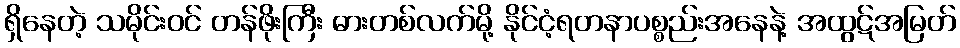
ရှိနေတဲ့ သမိုင်းဝင် တန်ဖိုးကြီး ဓားတစ်လက်မို့ နိုင်ငံ့ရတနာပစ္စည်းအနေနဲ့ အထွဋ်အမြတ်